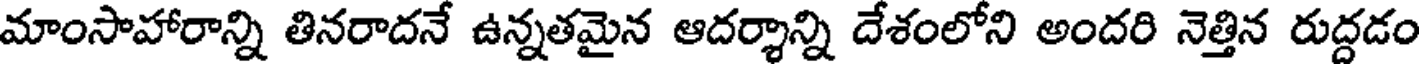
మాంసాహారాన్ని తినరాదనే ఉన్నతమైన ఆదర్శాన్ని దేశంలోని అందరి నెత్తిన రుద్దడం